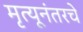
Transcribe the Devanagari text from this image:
मृत्यूनंतरचे